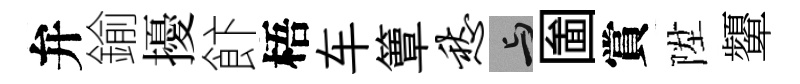
弁鍮擾飰梧车簟愁与圗賞陞顰